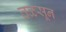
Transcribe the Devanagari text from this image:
तळसून